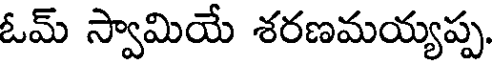
ఓమ్ స్వామియే శరణమయ్యప్ప.